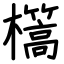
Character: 㰏